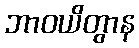
ဘာဝယိတွာန